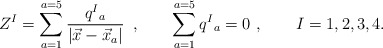
\begin{align*} Z^I = \sum _{a= 1}^{a=5} {q^I{}_a \over |\vec x - \vec x_a| }\, \ , \qquad\sum _{a= 1}^{a=5} q^I{}_a=0\ , \qquad I=1,2,3,4.\end{align*}